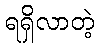
ရရှိလာတဲ့